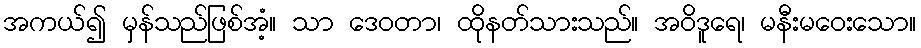
အကယ်၍ မှန်သည်ဖြစ်အံ့။ သာ ဒေဝတာ၊ ထိုနတ်သားသည်။ အဝိဒူရေ၊ မနီးမဝေးသော။